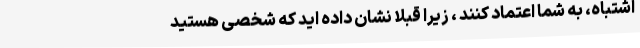
اشتباه، به شما اعتماد کنند ، زیرا قبلاً نشان داده اید که شخصی هستید